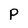
Character: P